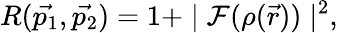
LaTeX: R(\vec{p_{1}},\vec{p_{2}})=1+\mid{\cal F}(\rho(\vec{r}))\mid^{2},